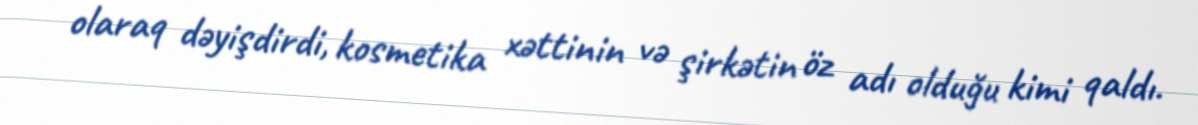
olaraq dəyişdirdi, kosmetika xəttinin və şirkətin öz adı olduğu kimi qaldı.